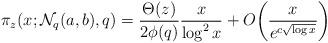
LaTeX: \begin{align*}\pi_z(x;\mathcal{N}_q(a,b),q)&=\frac{\Theta (z)}{2\phi(q)}\frac{x}{\log^2x}+O\bigg(\frac{x}{e^{c\sqrt{\log x}}}\bigg )\end{align*}